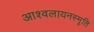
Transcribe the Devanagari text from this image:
आश्वलायनस्मृति